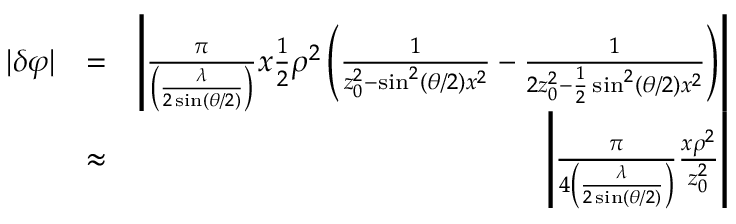
\begin{array} { r l r } { | \delta \varphi | } & { = } & { \left| \frac { \pi } { \left( \frac { \lambda } { 2 \sin ( \theta / 2 ) } \right) } x \frac { 1 } { 2 } \rho ^ { 2 } \left( \frac { 1 } { z _ { 0 } ^ { 2 } - \sin ^ { 2 } ( \theta / 2 ) x ^ { 2 } } - \frac { 1 } { 2 z _ { 0 } ^ { 2 } - \frac { 1 } { 2 } \sin ^ { 2 } ( \theta / 2 ) x ^ { 2 } } \right) \right| } \\ & { \approx } & { \left| \frac { \pi } { 4 \left( \frac { \lambda } { 2 \sin ( \theta / 2 ) } \right) } \frac { x \rho ^ { 2 } } { z _ { 0 } ^ { 2 } } \right| } \end{array}